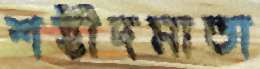
শহীদমাতা